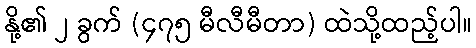
နို့၏ ၂ ခွက် (၄၇၅ မီလီမီတာ) ထဲသို့ထည့်ပါ။